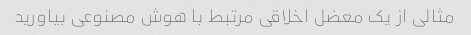
مثالی از یک معضل اخلاقی مرتبط با هوش مصنوعی بیاورید